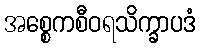
အစ္စေကစီဝရသိက္ခာပဒံ